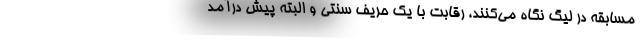
مسابقه در لیگ نگاه می‌کنند، رقابت با یک حریف سنتی و البته پیش درآمد